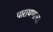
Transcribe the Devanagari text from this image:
पारायणाचा